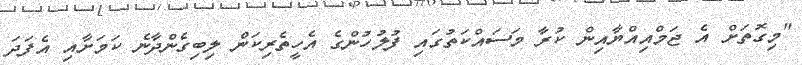
"މިގޮތަށް އެ ޖަމްއިއްޔާއިން ކުރާ މަސައްކަތުގައި ފުލުހުންގެ އެހީތެރިކަން ލިބިގެންދާނެ ކަމަށާއި އެފަދަ